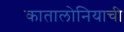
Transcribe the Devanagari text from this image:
कातालोनियाची